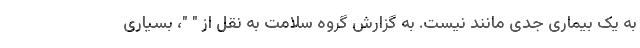
به یک بیماری جدی مانند نیست. به گزارش گروه سلامت به نقل از " "، بسیاری